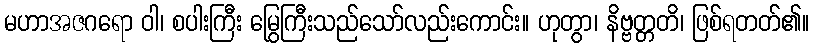
မဟာအဇဂရော ဝါ၊ စပါးကြီး မြွေကြီးသည်သော်လည်းကောင်း။ ဟုတွာ၊ နိဗ္ဗတ္တတိ၊ ဖြစ်ရတတ်၏။